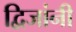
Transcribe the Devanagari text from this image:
द्विजांनी